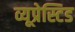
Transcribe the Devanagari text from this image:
व्यूप्रेस्टिड